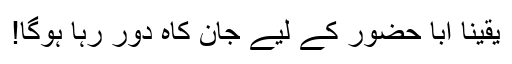
یقیناً ابا حضور کے لیے جان کاہ دور رہا ہوگا!